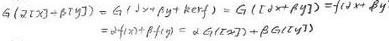
$G(x(x)+ky(y))=G(x)+kyG(y)=kG(x+ky)=f(x+ky)$